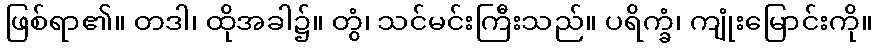
ဖြစ်ရာ၏။ တဒါ၊ ထိုအခါ၌။ တွံ၊ သင်မင်းကြီးသည်။ ပရိက္ခံ၊ ကျုံးမြောင်းကို။